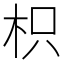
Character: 枳